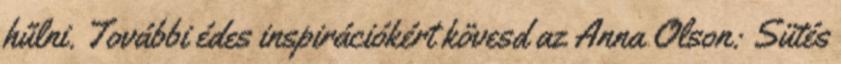
hűlni. További édes inspirációkért kövesd az Anna Olson: Sütés